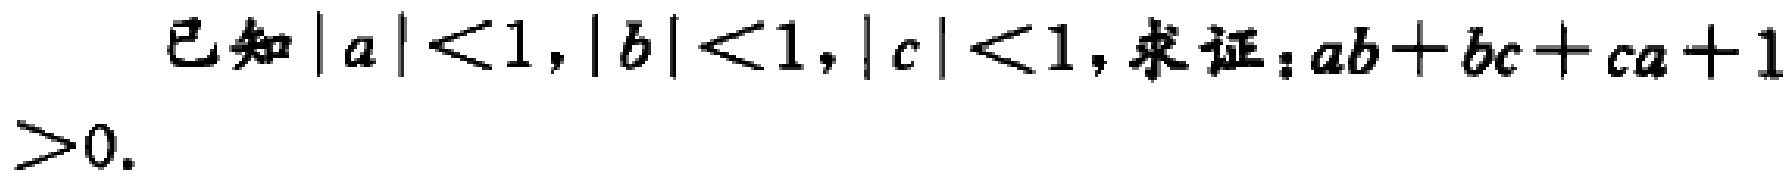
已知\(|a| < 1,|b| < 1,|c| < 1,求证：ab + bc + ca + 1>0.\)